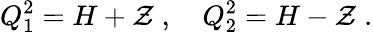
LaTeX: Q_{1}^{2}=H+{\cal Z}\; ,\quad Q_{2}^{2}=H-{\cal Z}\; .